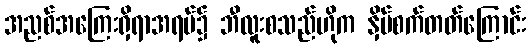
အညစ်အကြေးရှိရာအရပ်၌ ဘီလူးစသည်ဟိုက နှိပ်စက်တတ်ကြောင်း